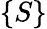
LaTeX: \{ S\}